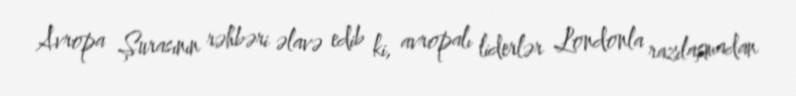
Avropa Şurasının rəhbəri əlavə edib ki, avropalı liderlər Londonla razılaşmadan